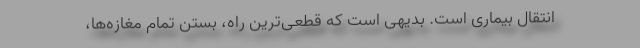
انتقال بیماری است. بدیهی است که قطعی‌ترین راه، بستن تمام مغازه‌ها،